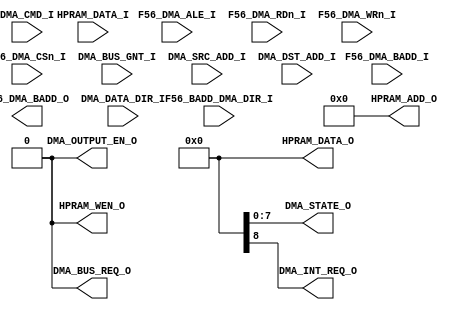
`timescale 1ns / 1ps
//////////////////////////////////////////////////////////////////////////////////
// Company: 
// Engineer: 
// 
// Design Name: 
// Module Name: FALC56_DMA_ENGINE
// Project Name: 
// Target Devices: 
// Tool Versions: 
// Description: 
// 
// Dependencies: 
// 
// Revision:
// Revision 0.01 - File Created
// Additional Comments:
// 
//////////////////////////////////////////////////////////////////////////////////


module FALC56_DMA_ENGINE(


	input  [7:0] F56_DMA_BADD_I,
	output [7:0] F56_DMA_BADD_O,
	input   F56_BADD_DMA_DIR_I,

	input F56_DMA_ALE_I,
	input F56_DMA_RDn_I,
	input F56_DMA_WRn_I,
	input [1:0] F56_DMA_CSn_I,
	
	//HPRAM INTERFACE
	
	input [31:0] HPRAM_DATA_I,
	output reg [31:0] HPRAM_DATA_O = 0,
	output reg [11:0] HPRAM_ADD_O = 0,
	output reg  HPRAM_WEN_O = 0,
	
	output reg DMA_BUS_REQ_O = 0,
	input  DMA_BUS_GNT_I,
	output reg DMA_OUTPUT_EN_O = 0,
	
	
	input [12:0] DMA_SRC_ADD_I,
	input [12:0] DMA_DST_ADD_I,
	input        DMA_DATA_DIR_I,
	input [7:0]  DMA_CMD_I,
	output reg   [7:0] DMA_STATE_O,
	output reg   DMA_INT_REQ_O
	
	
	
    );
endmodule